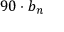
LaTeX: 9 0 \cdot b _ { n }